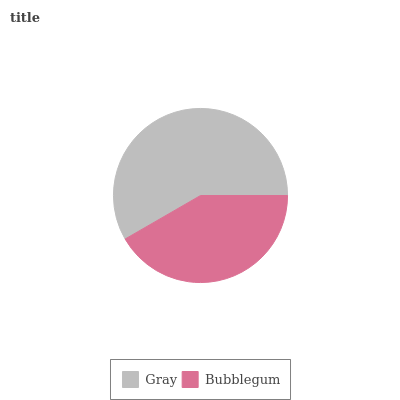
| Gray | Bubblegum |
 | --- | --- |
 | 58.3% | 41.7% |